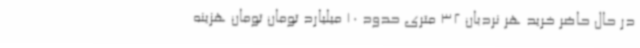
در حال حاضر خرید هر نردبان 32 متری حدود 10 میلیارد تومان تومان هزینه